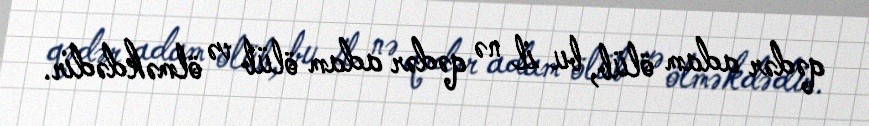
qədər adam ölüb, bu il nə qədər adam ölüb və ölməkdədir.